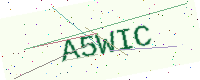
Text: A5WIC